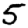
Digit: 5